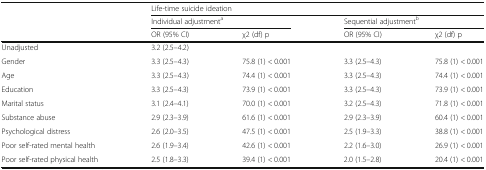
| <ROWSPAN=3>  | <COLSPAN=4> Life-time suicide ideation |
 | <COLSPAN=2> Individual adjustmenta | <COLSPAN=2> Sequential adjustmentb |
 | OR (95% CI) | χ2 (df) p | OR (95% CI) | χ2 (df) p |
 | --- | --- | --- | --- | --- |
 | Unadjusted | 3.2 (2.5–4.2) |  |  |  |
 | Gender | 3.3 (2.5–4.3) | 75.8 (1) < 0.001 | 3.3 (2.5–4.3) | 75.8 (1) < 0.001 |
 | Age | 3.3 (2.5–4.3) | 74.4 (1) < 0.001 | 3.3 (2.5–4.3) | 74.4 (1) < 0.001 |
 | Education | 3.3 (2.5–4.3) | 73.9 (1) < 0.001 | 3.3 (2.5–4.3) | 73.9 (1) < 0.001 |
 | Marital status | 3.1 (2.4–4.1) | 70.0 (1) < 0.001 | 3.2 (2.5–4.3) | 71.8 (1) < 0.001 |
 | Substance abuse | 2.9 (2.3–3.9) | 61.6 (1) < 0.001 | 2.9 (2.3–3.9) | 60.4 (1) < 0.001 |
 | Psychological distress | 2.6 (2.0–3.5) | 47.5 (1) < 0.001 | 2.5 (1.9–3.3) | 38.8 (1) < 0.001 |
 | Poor self-rated mental health | 2.6 (1.9–3.4) | 42.6 (1) < 0.001 | 2.2 (1.6–3.0) | 26.9 (1) < 0.001 |
 | Poor self-rated physical health | 2.5 (1.8–3.3) | 39.4 (1) < 0.001 | 2.0 (1.5–2.8) | 20.4 (1) < 0.001 |